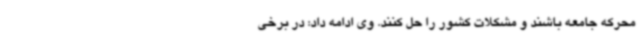
محرکه جامعه باشند و مشکلات کشور را حل کنند. وی ادامه داد: در برخی